Document type: Sale
Year: 1305
Scribe: Bernat de Vilarúbia
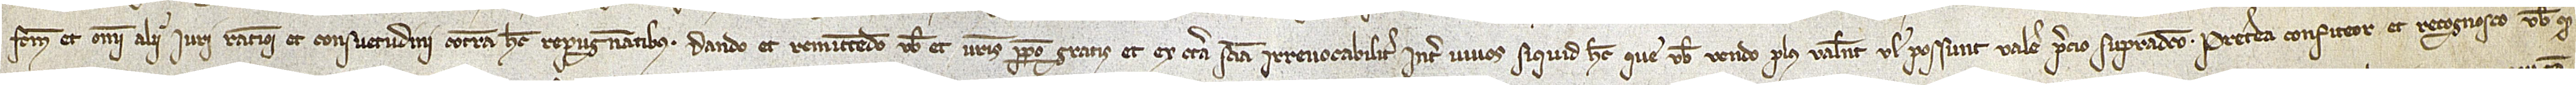
factum, et omni alii iuri, rationi et consuetudini contra hec repugnantibus. Dando et remittendo vobis et vestris perpetuo gratis et ex certa sciencia irrevocabiliter inter vivos siquid hec que vobis vendo plus valent vel possunt valere precio supradicto. Preterea confiteor et recognosco vobis quod